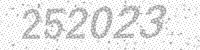
Solution: 252023